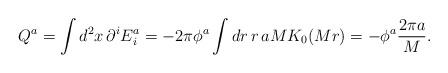
LaTeX: \begin{align*}Q^a = \int d^2x\,\partial^i E_i^a = - 2\pi \phi^a\int dr\,r\,aMK_0(Mr) = -\phi^a\frac{2\pi a}{M}.\end{align*}